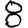
Digit: 8